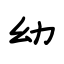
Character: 幼